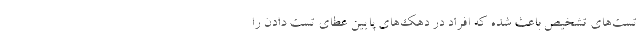
تست‌های تشخیص باعث شده که افراد در دهک‌های پایین عطای تست دادن را